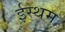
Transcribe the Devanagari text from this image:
ईस्थम